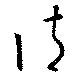
請